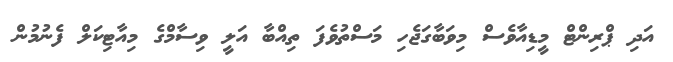
އަދި ޕްރިންޓް މީޑިއާވެސް މިވަބާގަޖެހި މަސްތުވެފަ ތިއްބާ އަލީ ވިސާމްގެ މިއާޓިކަލް ފެނުމުން